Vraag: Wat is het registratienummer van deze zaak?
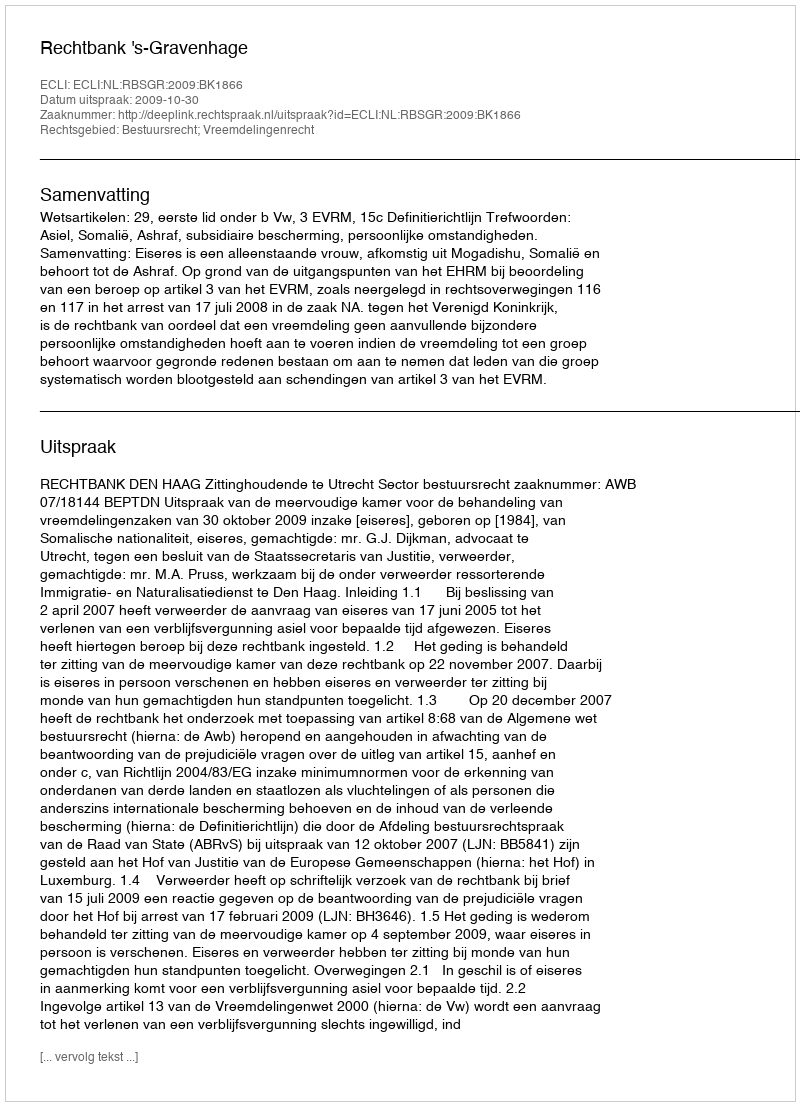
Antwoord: http://deeplink.rechtspraak.nl/uitspraak?id=ECLI:NL:RBSGR:2009:BK1866